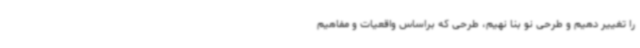
را تغییر دهیم و طرحی نو بنا نهیم، طرحی که براساس واقعیات و مفاهیم